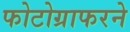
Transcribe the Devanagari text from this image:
फोटोग्राफरने